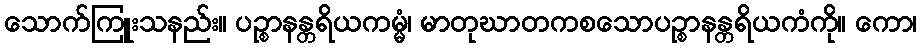
သောက်ကြူးသနည်း။ ပဉ္စာနန္တရိယကမ္မံ၊ မာတုဃာတကစသောပဉ္စာနန္တရိယကံကို။ ကော၊